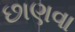
છાણવા